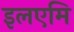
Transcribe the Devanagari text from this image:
इलएमि